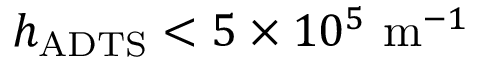
h _ { \mathrm { A D T S } } < 5 \times 1 0 ^ { 5 } \ \mathrm { m } ^ { - 1 }